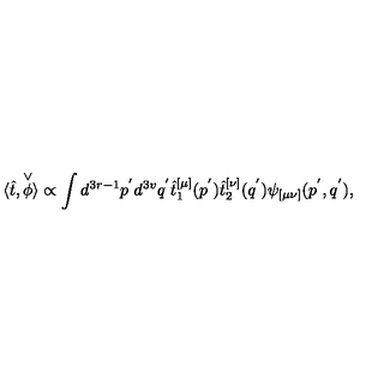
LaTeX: \langle \hat { t } , \stackrel { \vee } { \phi } \rangle \propto \int d ^ { 3 r - 1 } p ^ { ' } d ^ { 3 v } q ^ { ' } \hat { t } _ { 1 } ^ { [ \mu ] } ( p ^ { ' } ) \hat { t } _ { 2 } ^ { [ \nu ] } ( q ^ { ' } ) \psi _ { [ \mu \nu ] } ( p ^ { ' } , q ^ { ' } ) ,